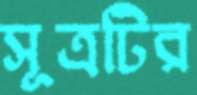
সূত্রটির